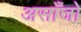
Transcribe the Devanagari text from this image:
असाँजो